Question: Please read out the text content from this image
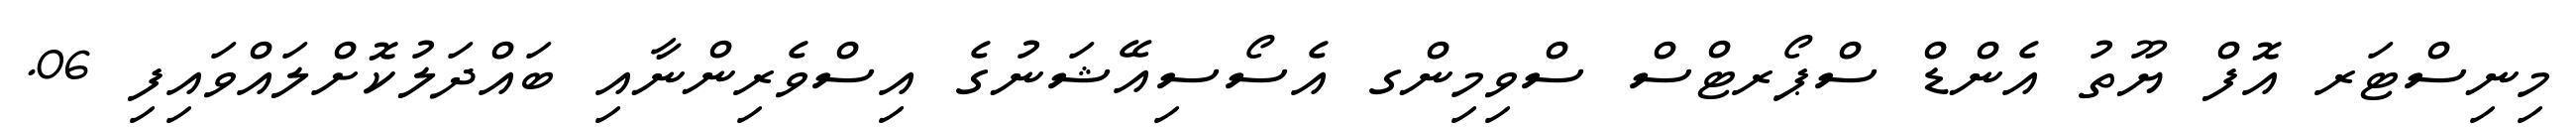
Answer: މިނިސްޓަރ އޮފް ޔޫތު އެންޑް ސްޕޯރޓްސް ސްވިމިންގ އެސޯސިއޭޝަނުގެ އިސްވެރިންނާއި ބައްދަލުކޮށްލައްވައިފި 06.